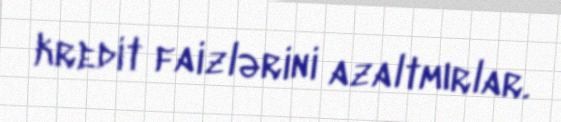
kredit faizlərini azaltmırlar.